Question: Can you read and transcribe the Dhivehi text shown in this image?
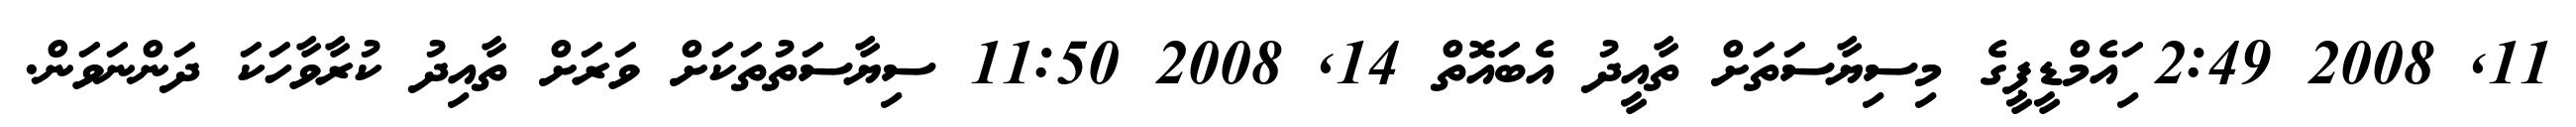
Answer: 11, 2008 2:49 ިައެމްޑީޕީގެ މިސިޔާސަތަށް ތާއީދު އެބައޮތް 14, 2008 11:50 ސިޔާސަތުތަކަށް ވަރަށް ތާއިދު ކުރާވާހަކަ ދަންނަވަން.